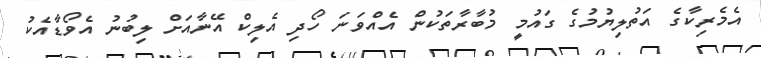
އެމެރިކާގެ އަތުލިޔުމުގެ ގައުމީ މުބާރާތަކުން އެއްވަނަ ހޯދި އެލިކް އޭނާއަށް ލިބުނު އެވޯޑާއެކު